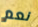
نعم